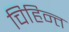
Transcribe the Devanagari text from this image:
चिहिन्त